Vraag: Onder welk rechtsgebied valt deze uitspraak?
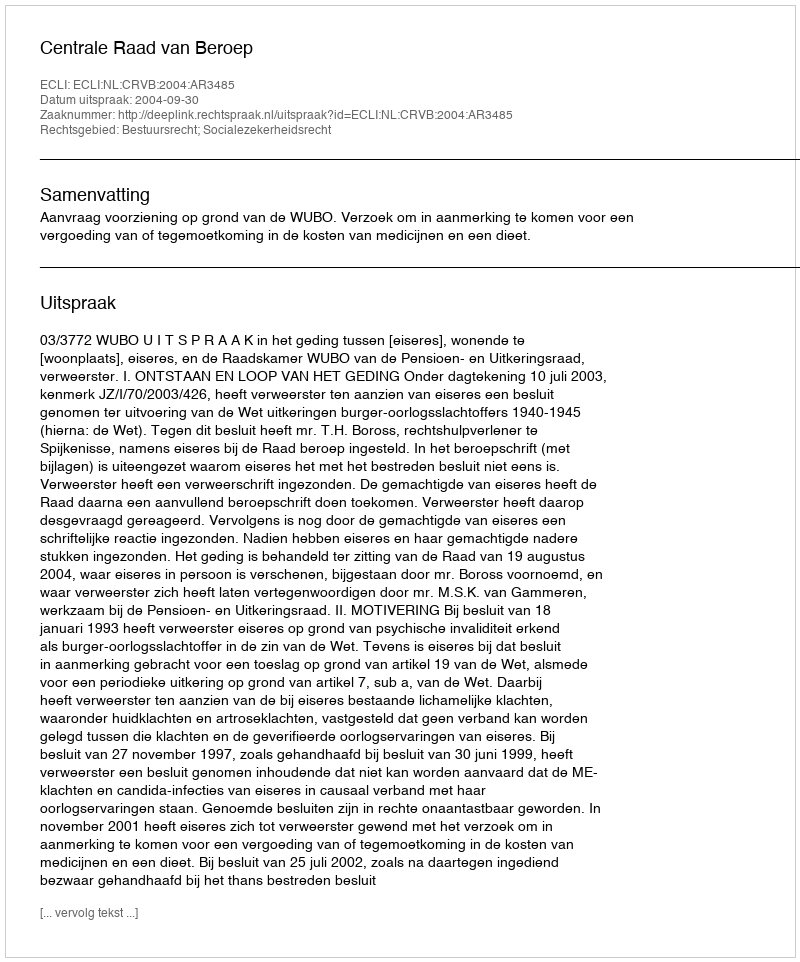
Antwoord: Bestuursrecht; Socialezekerheidsrecht